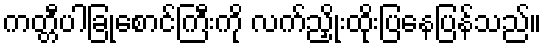
ကတ္တီပါခြုံစောင်ကြီးကို လက်ညှိုးထိုးပြနေပြန်သည်။